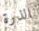
الذرة